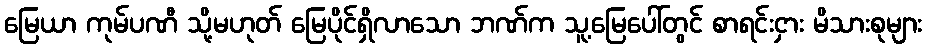
မြေယာ ကုမ်ပဏီ သို့မဟုတ် မြေပိုင်ရှိလာသော ဘဏ်က သူ့မြေပေါ်တွင် စာရင်းငှား မိသားစုများ